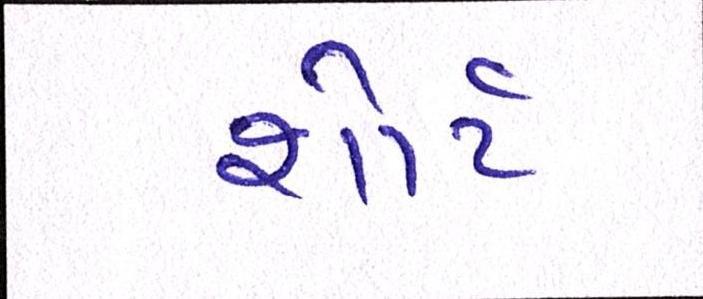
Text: શોર્ટ